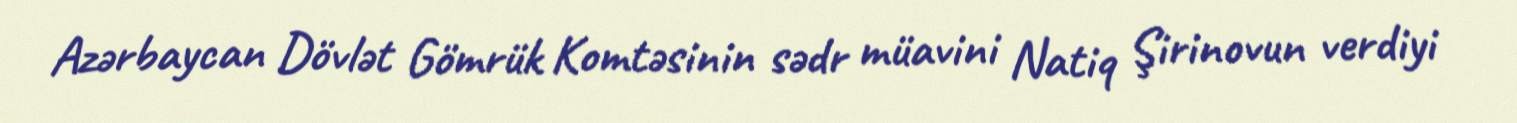
Azərbaycan Dövlət Gömrük Komtəsinin sədr müavini Natiq Şirinovun verdiyi